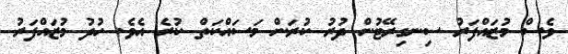
ވެސް މުޒައްފަރު ސިނގިރޭޓުން ދުރު ކުރަން މަސައްކަތް ކުރެ އެވެ. ހުދު މުޒައްފަރު